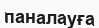
паналауға